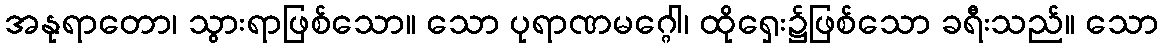
အနုရာတော၊ သွားရာဖြစ်သော။ သော ပုရာဏမဂ္ဂေါ၊ ထိုရှေး၌ဖြစ်သော ခရီးသည်။ သော